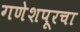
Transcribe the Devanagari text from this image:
गणेशपूरचा